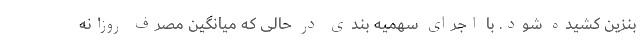
بنزین کشیده شود. با اجرای سهمیه بندی در حالی که میانگین مصرف روزانه